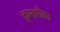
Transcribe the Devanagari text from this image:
कुमारीका